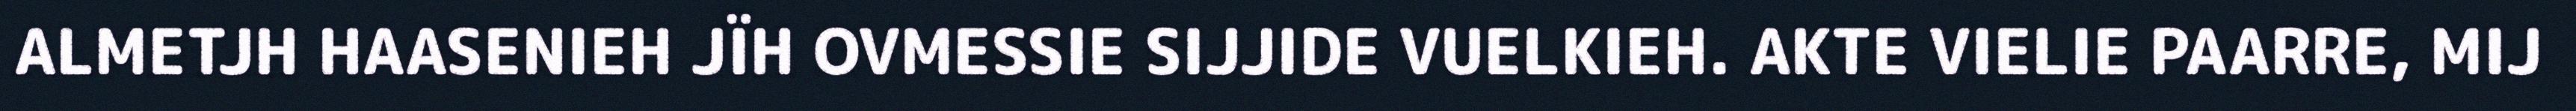
ALMETJH HAASENIEH JÏH OVMESSIE SIJJIDE VUELKIEH. AKTE VIELIE PAARRE, MIJ